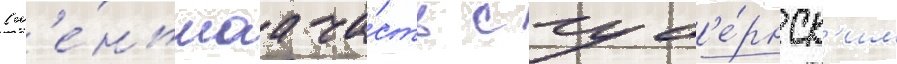
(м'е́ньшаа ча́сть с губ'е́рнск'им